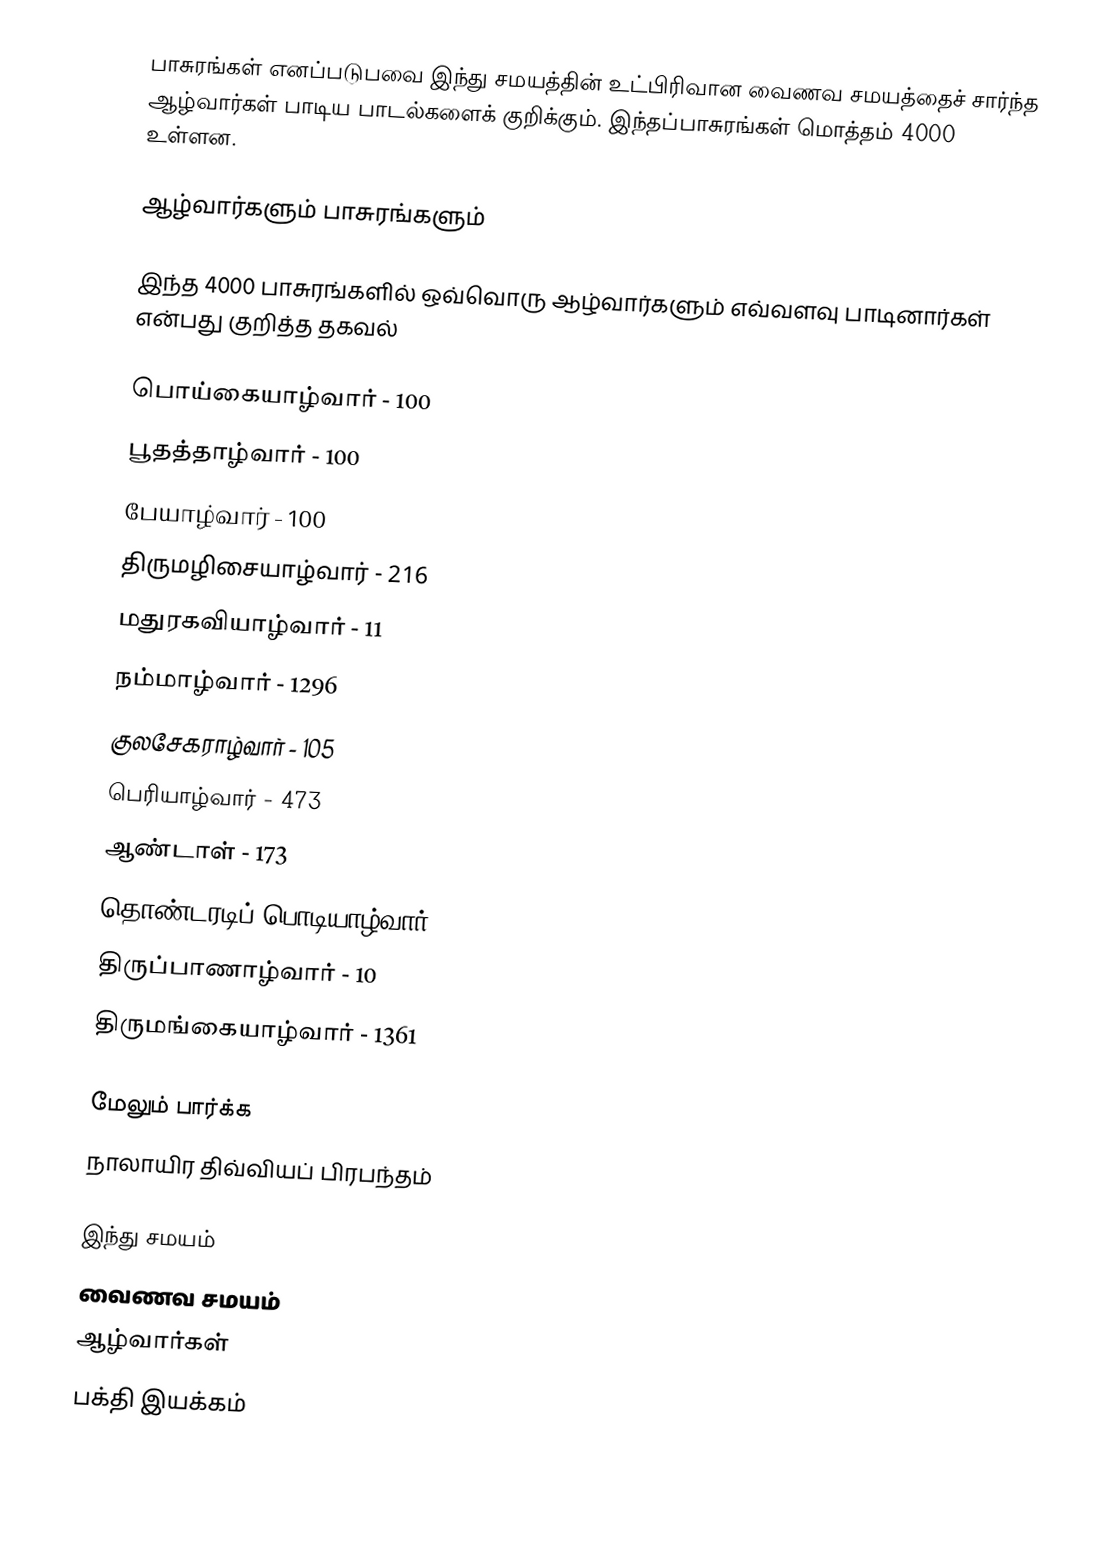
பாசுரங்கள் எனப்படுபவை இந்து சமயத்தின் உட்பிரிவான வைணவ சமயத்தைச் சார்ந்த ஆழ்வார்கள் பாடிய பாடல்களைக் குறிக்கும். இந்தப்பாசுரங்கள் மொத்தம் 4000 உள்ளன.

ஆழ்வார்களும் பாசுரங்களும்

இந்த 4000 பாசுரங்களில் ஒவ்வொரு ஆழ்வார்களும் எவ்வளவு பாடினார்கள் என்பது குறித்த தகவல்

 பொய்கையாழ்வார் - 100
 பூதத்தாழ்வார் - 100
 பேயாழ்வார் - 100
 திருமழிசையாழ்வார் - 216
 மதுரகவியாழ்வார் - 11
 நம்மாழ்வார் - 1296
 குலசேகராழ்வார் - 105
 பெரியாழ்வார் - 473
 ஆண்டாள் - 173
 தொண்டரடிப் பொடியாழ்வார் - 55
 திருப்பாணாழ்வார் - 10
 திருமங்கையாழ்வார் - 1361

மேலும் பார்க்க
 நாலாயிர திவ்வியப் பிரபந்தம்

இந்து சமயம்
வைணவ சமயம்
ஆழ்வார்கள்
பக்தி இயக்கம்